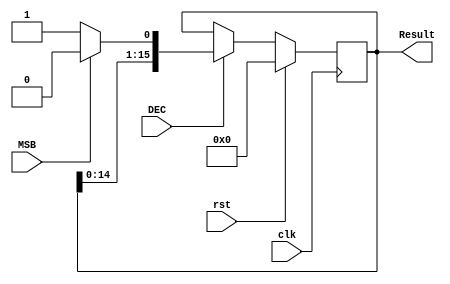
module final_result ( clk, rst, DEC, MSB, Result);
  input clk;
  input rst;
  input DEC;
  input MSB;
  output reg [15:0] Result;

always @(posedge clk) begin
  if(rst)
	Result=0;
  else if(DEC) begin

	if (MSB==0)
		Result= {Result[14:0],1'b1};
	else
		Result= {Result[14:0],1'b0};
  end

end

endmodule